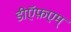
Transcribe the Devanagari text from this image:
डीऍफ़एम्